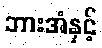
ဘားအံနှင့်